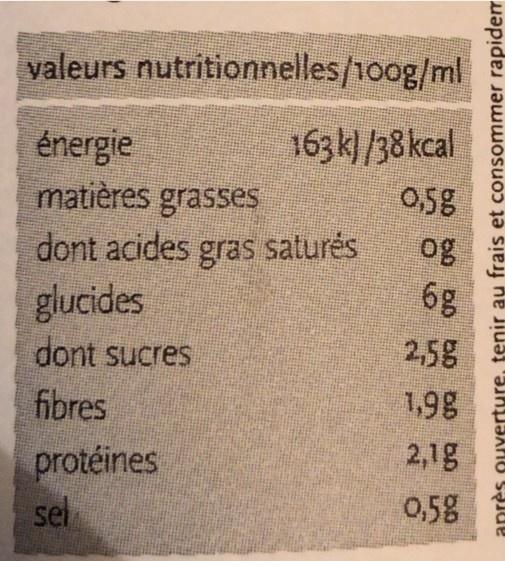
valeurs nutritionnelles/100g/ml
énergie
163k) /38 kcal
matières grasses
0,5g dont acides gras saturės 6g
og
glucides
dont sucres
2,5g
fibres
1,98
protéines
2,1g
sel
0,5g
après ouverture, tenir au frais et consommer
rapidem